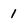
Character: 1